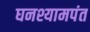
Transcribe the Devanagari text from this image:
घनश्यामपंत